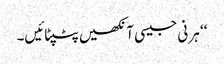
‘‘ ہرنی جیسی آنکھیں پٹپٹائیں۔